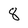
Character: 8